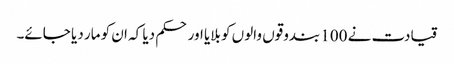
قیادت نے 100 بندوقوں والوں کو بلایا اور حکم دیا کہ ان کو مار دیا جائے۔